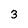
Character: 3